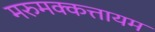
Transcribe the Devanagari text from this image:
मरुमक्कत्तायम